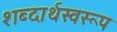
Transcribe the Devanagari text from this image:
शब्दार्थस्वरूप